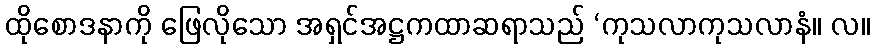
ထိုစောဒနာကို ဖြေလိုသော အရှင်အဋ္ဌကထာဆရာသည် ‘ကုသလာကုသလာနံ။ လ။